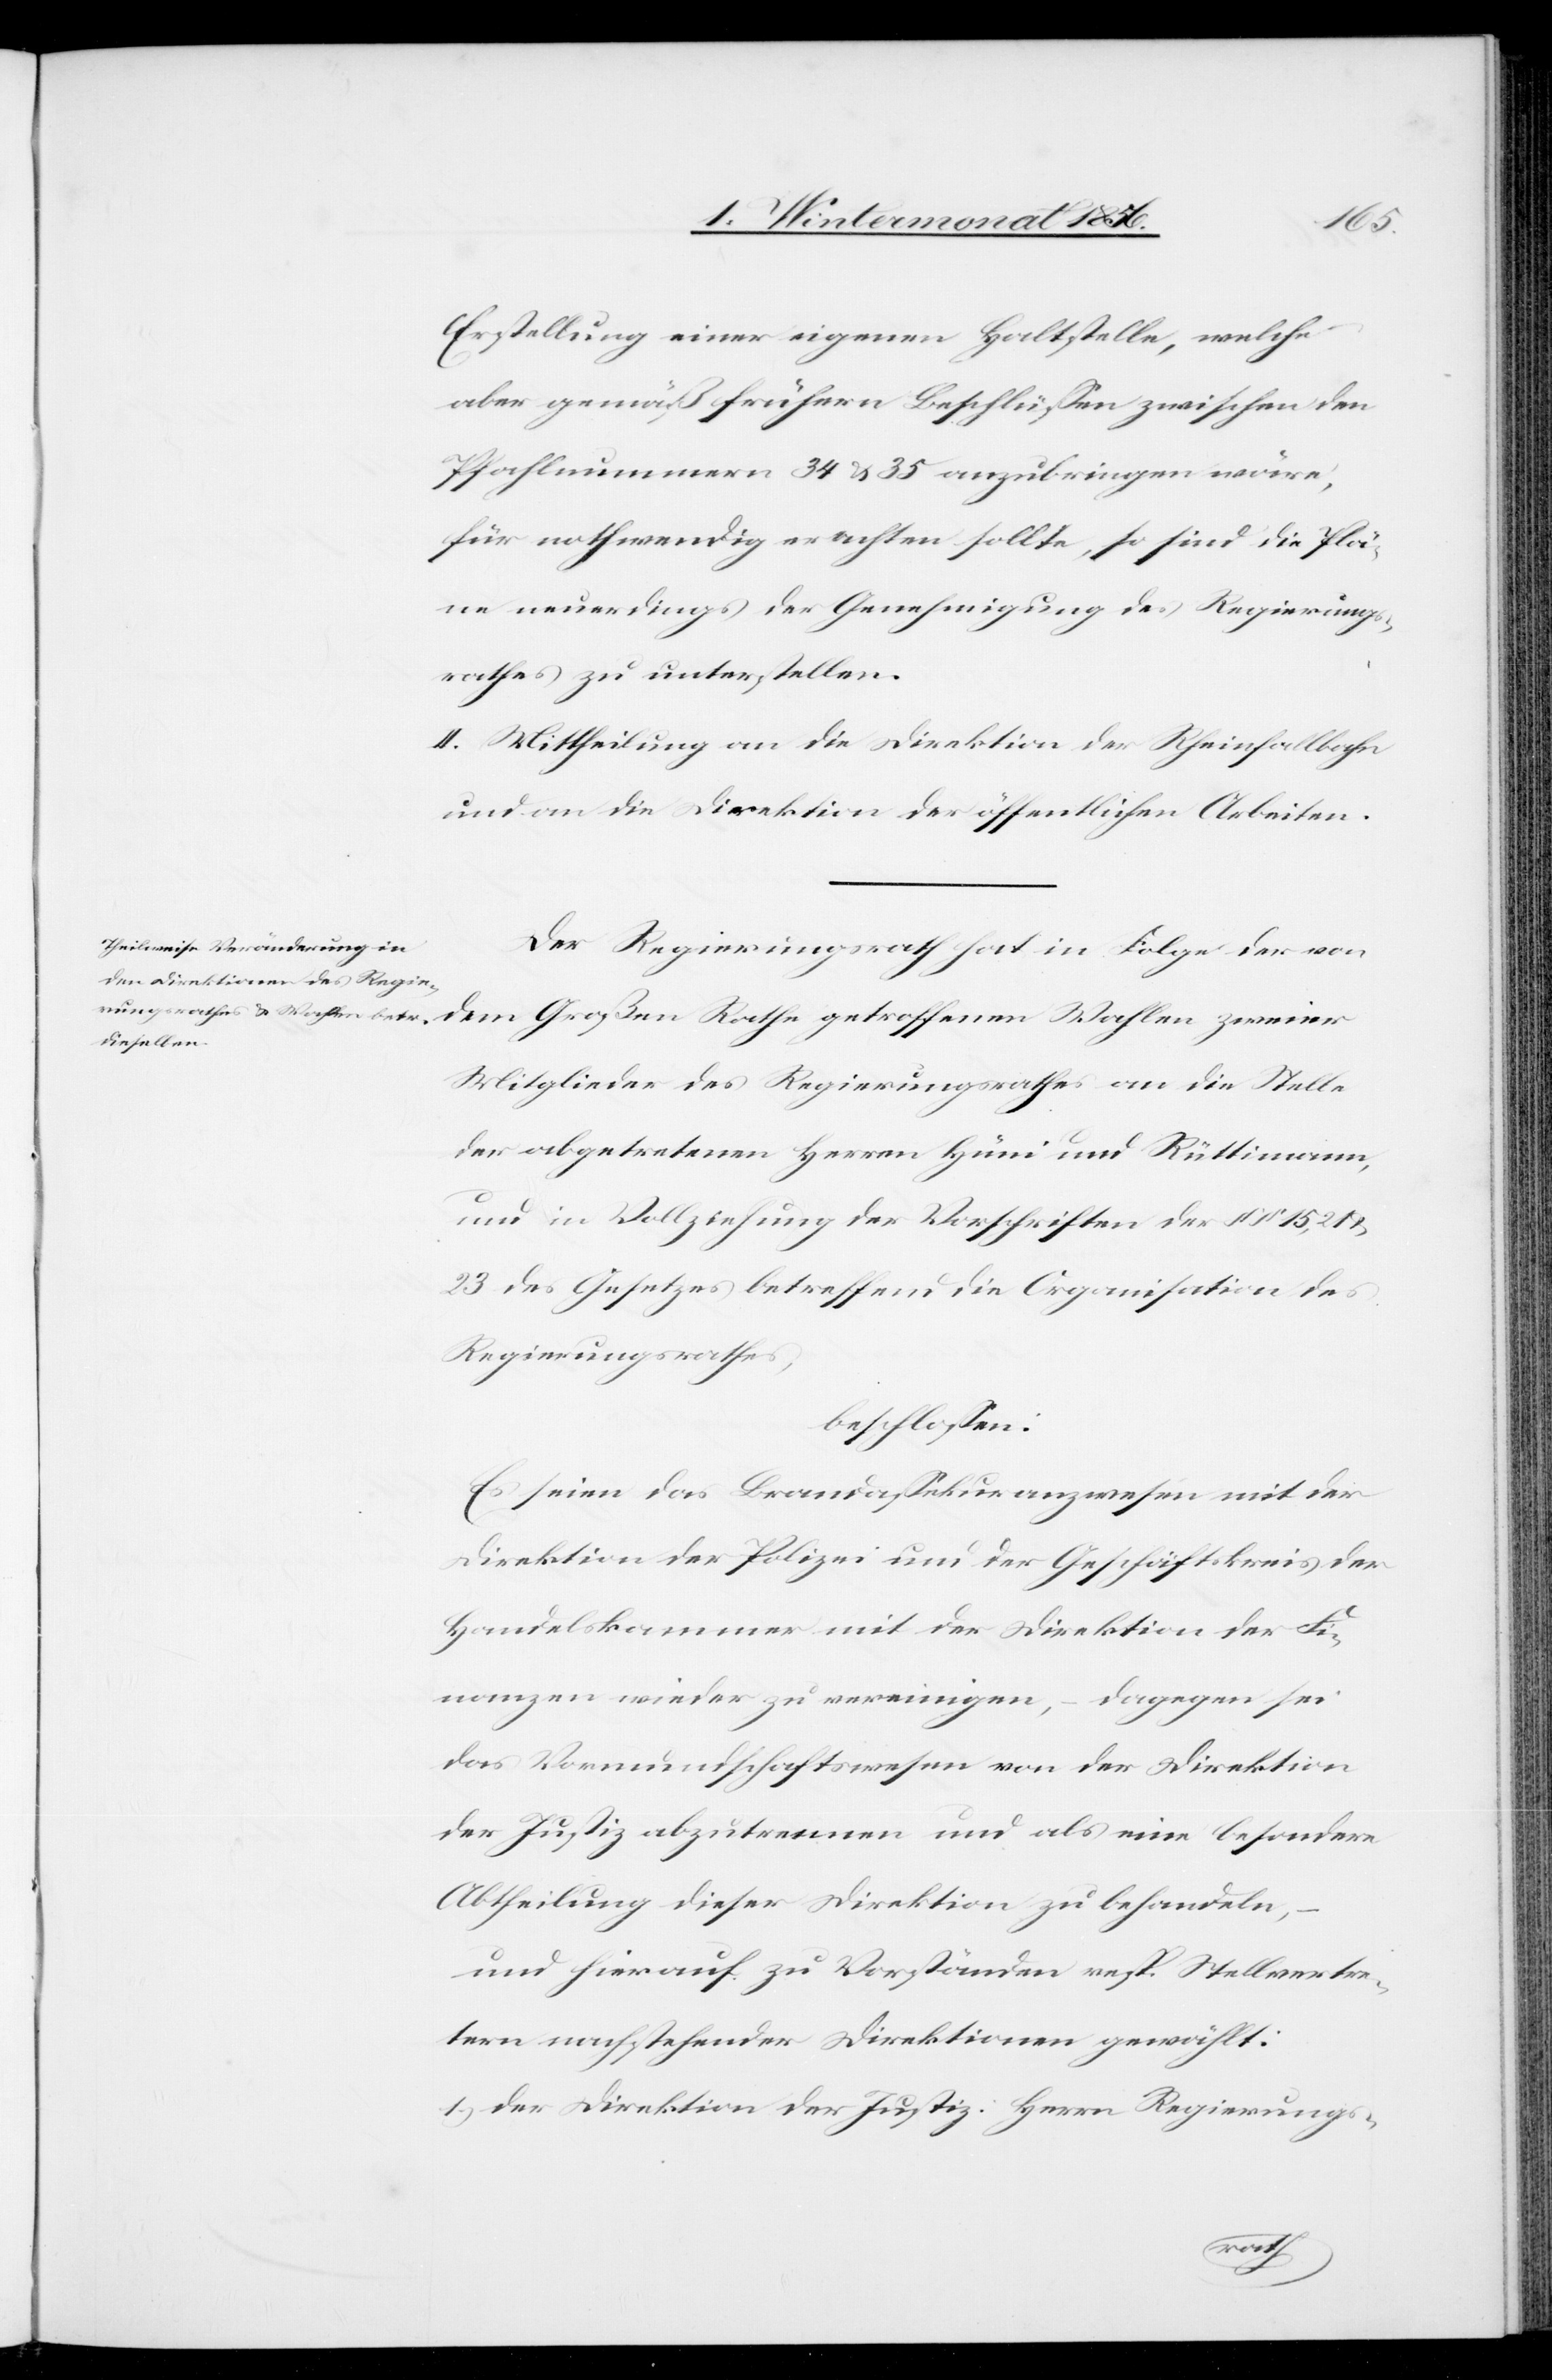
Erstellung einer eigenen Haltstelle, welche
aber gemäß frühern Beschlüssen zwischen den
Pfahlnummern 34 & 35 anzubringen wäre,
für nothwendig erachten sollte, so sind die Plä¬
ne neuerdings der Genehmigung des Regierungs¬
rathes zu unterstellen.
II. Mittheilung an die Direktion der Rheinfallbahn
und an die Direktion der öffentlichen Arbeiten.
Der Regierungsrath hat in Folge der von
dem Großen Rathe getroffenen Wahlen zweier
Mitglieder des Regierungsrathes an die Stelle
der abgetretenen Herren Hüni und Rüttimann,
und in Vollziehung der Vorschriften der §§ 15,
23 des Gesetzes betreffend die Organisation des
Regierungsrathes,
beschlossen:
Es seien das Brandassekuranzwesen mit der
Direktion der Polizei und der Geschäftskreis der
Handelskammer mit der Direktion der Fi¬
nanzen wieder zu vereinigen, – dagegen sei
das Vormundschaftswesen von der Direktion
der Justiz abzutrennen und als eine besondere
Abtheilung dieser Direktion zu behandeln,
und hierauf zu Vorständen resp. Stellvertre¬
tern nachstehender Direktionen gewählt:
1.) der Direktion der Justiz: Herrn Regierungs-